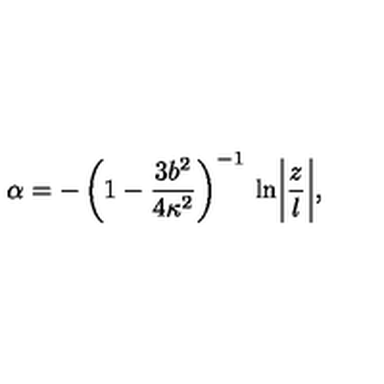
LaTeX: \alpha = - \left( 1 - \frac { 3 b ^ { 2 } } { 4 \kappa ^ { 2 } } \right) ^ { - 1 } \: \ln \biggl | \frac { z } { l } \biggr | ,